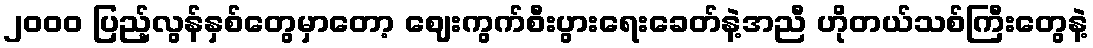
၂၀၀၀ ပြည့်လွန်နှစ်တွေမှာတော့ ဈေးကွက်စီးပွားရေးခေတ်နဲ့အညီ ဟိုတယ်သစ်ကြီးတွေနဲ့